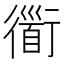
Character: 衟